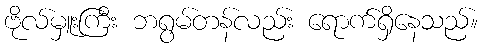
ဗိုလ်မှူးကြီး ဘရွမ်တန်လည်း ရောက်ရှိနေသည်။